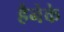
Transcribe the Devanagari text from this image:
हैनेके